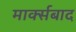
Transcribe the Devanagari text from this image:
मार्क्सबाद